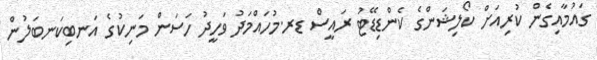
ގައުމާއިގެން ކުރިއަށް ކޯލިޝަންގެ ކެންޑިޑޭޓު ރައީސް ޑރ.މުހައްމަދު ވަހީދު ހަސަން މަނިކުގެ އަނބިކަނބަލުން